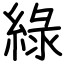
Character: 綠